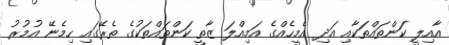
އާއިލީ ކަންތައްތަކާއި އަދި އެމީހެއްގެ އަމިއްލަ ޒާތީ ކަންތައްތަކުގެ ތެރޭގައި ހިމެނޭ އުމުރު